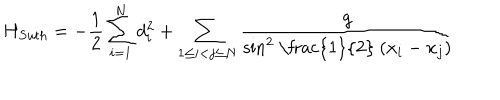
H _ { S u t h } = - \frac { 1 } { 2 } \sum _ { i = 1 } ^ { N } d _ { i } ^ { 2 } + \sum _ { 1 \leq i < j \leq N } \frac { g } { { \sin } ^ { 2 } \mathrm { ~ \frac { 1 } { 2 } ~ } ( x _ { i } - x _ { j } ) }